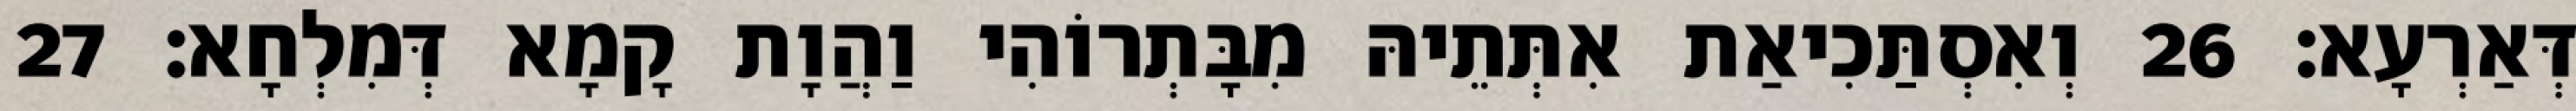
דְּאַרְעָא׃ 26 וְאִסְתַּכִיאַת אִתְּתֵיהּ מִבָּתְרוֹהִי וַהֲוָת קָמָא דְּמִלְחָא׃ 27